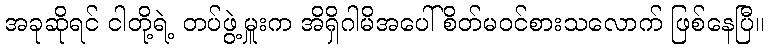
အခုဆိုရင် ငါတို့ရဲ့ တပ်ဖွဲ့မှူးက အိရှိဂါမိအပေါ် စိတ်မဝင်စားသလောက် ဖြစ်နေပြီ။